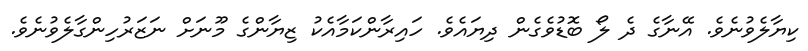
ކިޔާލެވުނެވެ. އޭނާގެ ދެ ލޯ ބޮޑުވެގެން ދިޔައެވެ. ހައިރާންކަމާއެކު ޒިޔާންގެ މޫނަށް ނަޒަރުހިންގާލެވުނެވެ.